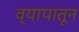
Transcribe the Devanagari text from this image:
व्यापातून